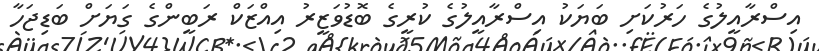
އިސްރާއީލުގެ ހަރުކަށި ބަޔަކު އިސްރާއީލުގެ ކުރީގެ ބޮޑުވަޒީރު އިއްޒަކް ރަބީންގެ ގަޔަށް ބަޑިޖަހާ